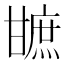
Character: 𤯋